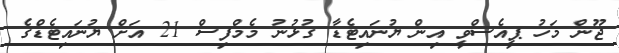
ޖޫން މަހު ޕީއެސްވީ އިން ޔުނައިޓެޑާ ގުޅުނު މެމްފިސް 21 އަށް ޔުނައިޓެޑްގެ